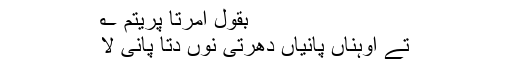
بقول امرتا پریتم ؎
تے اوہناں پانیاں دھرتی نوں دتا پانی لا